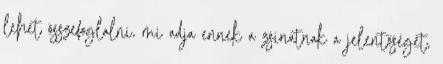
lehet összefoglalni, mi adja ennek a zsinatnak a jelentőségét,